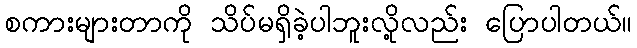
စကားများတာကို သိပ်မရှိခဲ့ပါဘူးလို့လည်း ပြောပါတယ်။